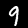
Digit: 9